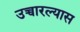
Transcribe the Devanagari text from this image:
उच्चारल्यास